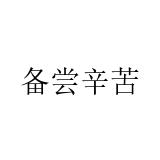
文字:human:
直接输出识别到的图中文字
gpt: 备尝辛苦